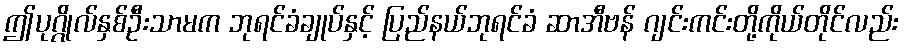
ဤပုဂ္ဂိုလ်နှစ်ဦးသာမက ဘုရင်ခံချုပ်နှင့် ပြည်နယ်ဘုရင်ခံ ဆာအီဗန် ဂျင်းကင်းတို့ကိုယ်တိုင်လည်း